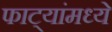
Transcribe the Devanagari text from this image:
फाट्यांमध्ये